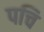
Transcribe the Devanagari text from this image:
पचि